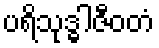
ပရိသုဒ္ဓါဇီဝတံ